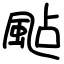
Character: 颭